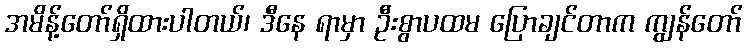
အမိန့်တော်ရှိထားပါတယ်၊ ဒီနေ ရာမှာ ဦးစွာပထမ ပြောချင်တာက ကျွန်တော်